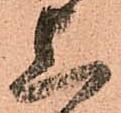
上